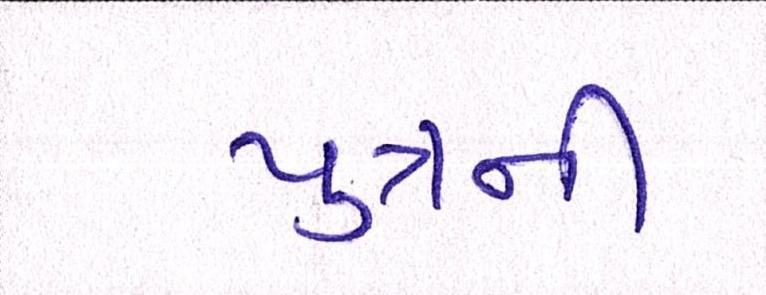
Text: પુત્રની